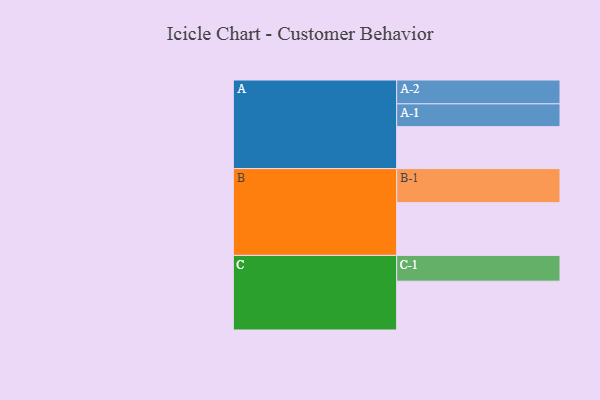
{"axis": {"x": "Segment", "y": "Value"}, "legend": ["", "A", "B", "C"], "data": [{"x": "A", "y": 329, "type": ""}, {"x": "B", "y": 414, "type": ""}, {"x": "C", "y": 383, "type": ""}, {"x": "A-1", "y": 179, "type": "A"}, {"x": "A-2", "y": 187, "type": "A"}, {"x": "B-1", "y": 267, "type": "B"}, {"x": "C-1", "y": 202, "type": "C"}]}